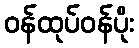
ဝန်ထုပ်ဝန်ပိုး